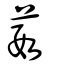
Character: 葭